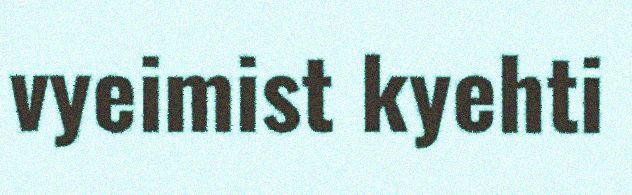
vyeimist kyehti